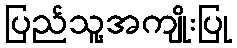
ပြည်သူ့အကျိုးပြု